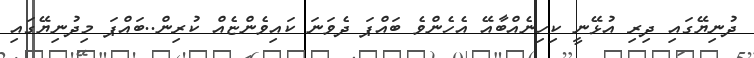
ދުނިޔޭގައި ދިރި އުޅޭނީ ކިހިނެއްބާއޭ އެހެންވެ ބައްޕަ ދެވަނަ ކައިވެންޏެއް ކުރިން..ބައްޕަ މިދުނިޔޭގައި